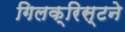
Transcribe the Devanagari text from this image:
गिलक्रिस्टने